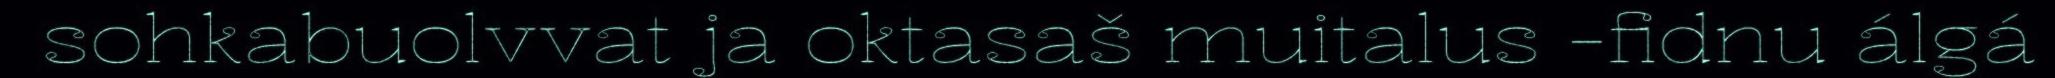
sohkabuolvvat ja oktasaš muitalus -fidnu álgá